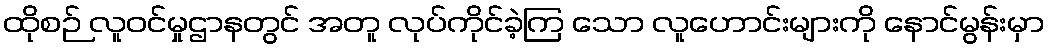
ထိုစဉ် လူဝင်မှုဌာနတွင် အတူ လုပ်ကိုင်ခဲ့ကြ သော လူဟောင်းများကို နောင်မွန်းမှာ